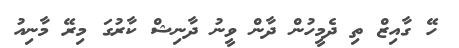
ހޭ ގާއިޒް ތި ދެމީހުން ދާން ވީނު ދާނިޝް ކާރުގަ މިރޭ މާނިއު